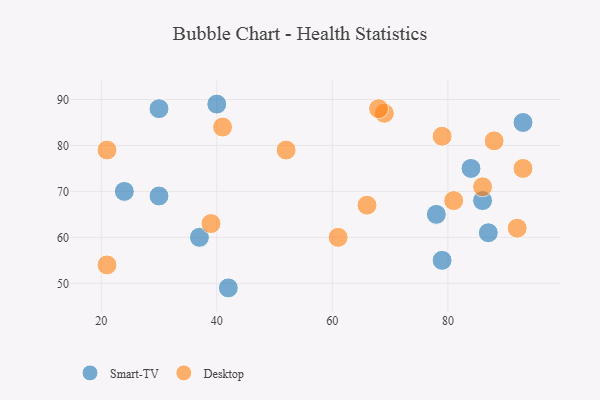
{"axis": {"x": "GDP", "y": "Life Expectancy"}, "legend": ["Desktop", "Smart-TV"], "data": [{"x": "93", "y": 85, "type": "Smart-TV"}, {"x": "30", "y": 88, "type": "Smart-TV"}, {"x": "24", "y": 70, "type": "Smart-TV"}, {"x": "40", "y": 89, "type": "Smart-TV"}, {"x": "79", "y": 55, "type": "Smart-TV"}, {"x": "42", "y": 49, "type": "Smart-TV"}, {"x": "37", "y": 60, "type": "Smart-TV"}, {"x": "86", "y": 68, "type": "Smart-TV"}, {"x": "78", "y": 65, "type": "Smart-TV"}, {"x": "84", "y": 75, "type": "Smart-TV"}, {"x": "30", "y": 69, "type": "Smart-TV"}, {"x": "87", "y": 61, "type": "Smart-TV"}, {"x": "93", "y": 75, "type": "Desktop"}, {"x": "66", "y": 67, "type": "Desktop"}, {"x": "52", "y": 79, "type": "Desktop"}, {"x": "86", "y": 71, "type": "Desktop"}, {"x": "81", "y": 68, "type": "Desktop"}, {"x": "21", "y": 79, "type": "Desktop"}, {"x": "21", "y": 54, "type": "Desktop"}, {"x": "79", "y": 82, "type": "Desktop"}, {"x": "69", "y": 87, "type": "Desktop"}, {"x": "92", "y": 62, "type": "Desktop"}, {"x": "41", "y": 84, "type": "Desktop"}, {"x": "61", "y": 60, "type": "Desktop"}, {"x": "39", "y": 63, "type": "Desktop"}, {"x": "88", "y": 81, "type": "Desktop"}, {"x": "68", "y": 88, "type": "Desktop"}]}